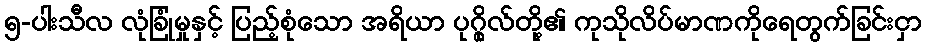
၅-ပါးသီလ လုံခြုံမှုနှင့် ပြည့်စုံသော အရိယာ ပုဂ္ဂိုလ်တို့၏ ကုသိုလိပ်မာဏကိုရေတွက်ခြင်းငှာ